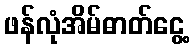
ဖန်လုံအိမ်ဓာတ်ငွေ့